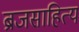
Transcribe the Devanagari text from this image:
ब्रजसाहित्य